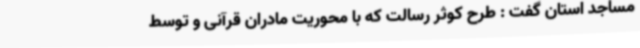
مساجد استان گفت : طرح کوثر رسالت که با محوریت مادران قرآنی و توسط